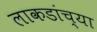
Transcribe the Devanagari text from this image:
लाकडांच्या